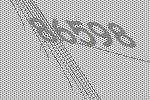
86598